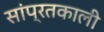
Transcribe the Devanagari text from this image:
सांप्रतकाली